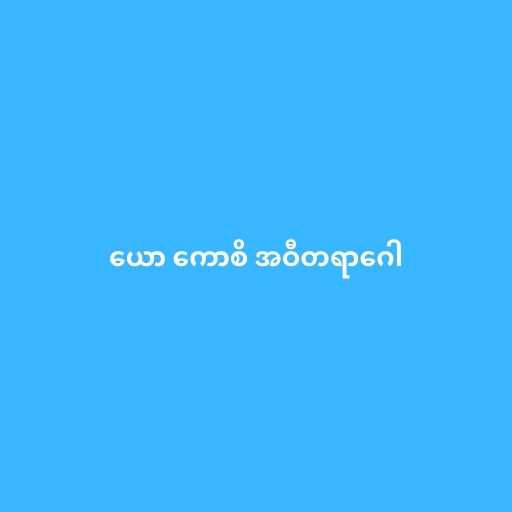
ယော ကောစိ အဝီတရာဂေါ